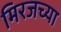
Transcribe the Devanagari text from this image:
मिरजच्या